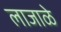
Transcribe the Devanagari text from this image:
लाजाळे